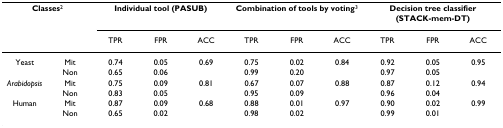
<table><thead><tr><td colspan="2"><b>Classes<sup>2</sup></b></td><td colspan="3"><b>Individual tool (PASUB)</b></td><td colspan="3"><b>Combination of tools by voting<sup>3</sup></b></td><td colspan="3"><b>Decision tree classifier (STACK-mem-DT)</b></td></tr><tr><td></td><td></td><td><b>TPR</b></td><td><b>FPR</b></td><td><b>ACC</b></td><td><b>TPR</b></td><td><b>FPR</b></td><td><b>ACC</b></td><td><b>TPR</b></td><td><b>FPR</b></td><td><b>ACC</b></td></tr></thead><tbody><tr><td>Yeast</td><td>Mit</td><td>0.74</td><td>0.05</td><td>0.69</td><td>0.75</td><td>0.02</td><td>0.84</td><td>0.92</td><td>0.05</td><td>0.95</td></tr><tr><td></td><td>Non</td><td>0.65</td><td>0.06</td><td></td><td>0.99</td><td>0.20</td><td></td><td>0.97</td><td>0.05</td><td></td></tr><tr><td><i>Arabidopsis</i></td><td>Mit</td><td>0.75</td><td>0.09</td><td>0.81</td><td>0.67</td><td>0.07</td><td>0.88</td><td>0.87</td><td>0.12</td><td>0.94</td></tr><tr><td></td><td>Non</td><td>0.83</td><td>0.05</td><td></td><td>0.95</td><td>0.09</td><td></td><td>0.96</td><td>0.04</td><td></td></tr><tr><td>Human</td><td>Mit</td><td>0.87</td><td>0.09</td><td>0.68</td><td>0.88</td><td>0.01</td><td>0.97</td><td>0.90</td><td>0.02</td><td>0.99</td></tr><tr><td></td><td>Non</td><td>0.65</td><td>0.02</td><td></td><td>0.98</td><td>0.02</td><td></td><td>0.99</td><td>0.01</td><td></td></tr></tbody></table>